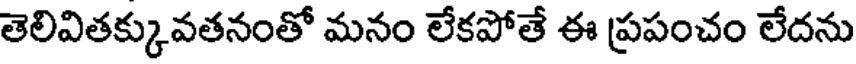
తెలివితక్కువతనంతో మనం లేకపోతే ఈ ప్రపంచం లేదను